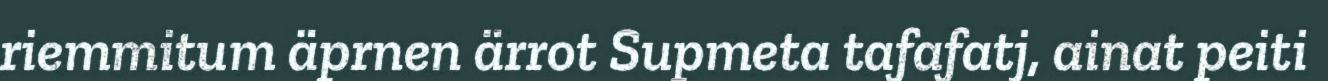
riemmitum äprnen ärrot Supmeta tafafatj, ainat peiti